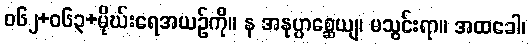
ဝ၆၂+၀၆၃+မိုဃ်းရေအယဉ်ကို။ န အနုပ္ပာစ္ဆေယျ၊ မသွင်းရာ။ အထခေါ၊